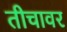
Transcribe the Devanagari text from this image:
तीचावर